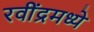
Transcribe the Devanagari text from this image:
रवींद्रमध्ये